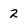
Character: 2